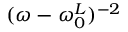
( \omega - \omega _ { 0 } ^ { L } ) ^ { - 2 }